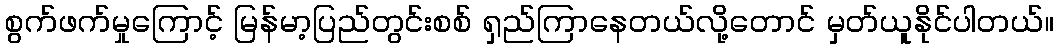
စွက်ဖက်မှုကြောင့် မြန်မာ့ပြည်တွင်းစစ် ရှည်ကြာနေတယ်လို့တောင် မှတ်ယူနိုင်ပါတယ်။